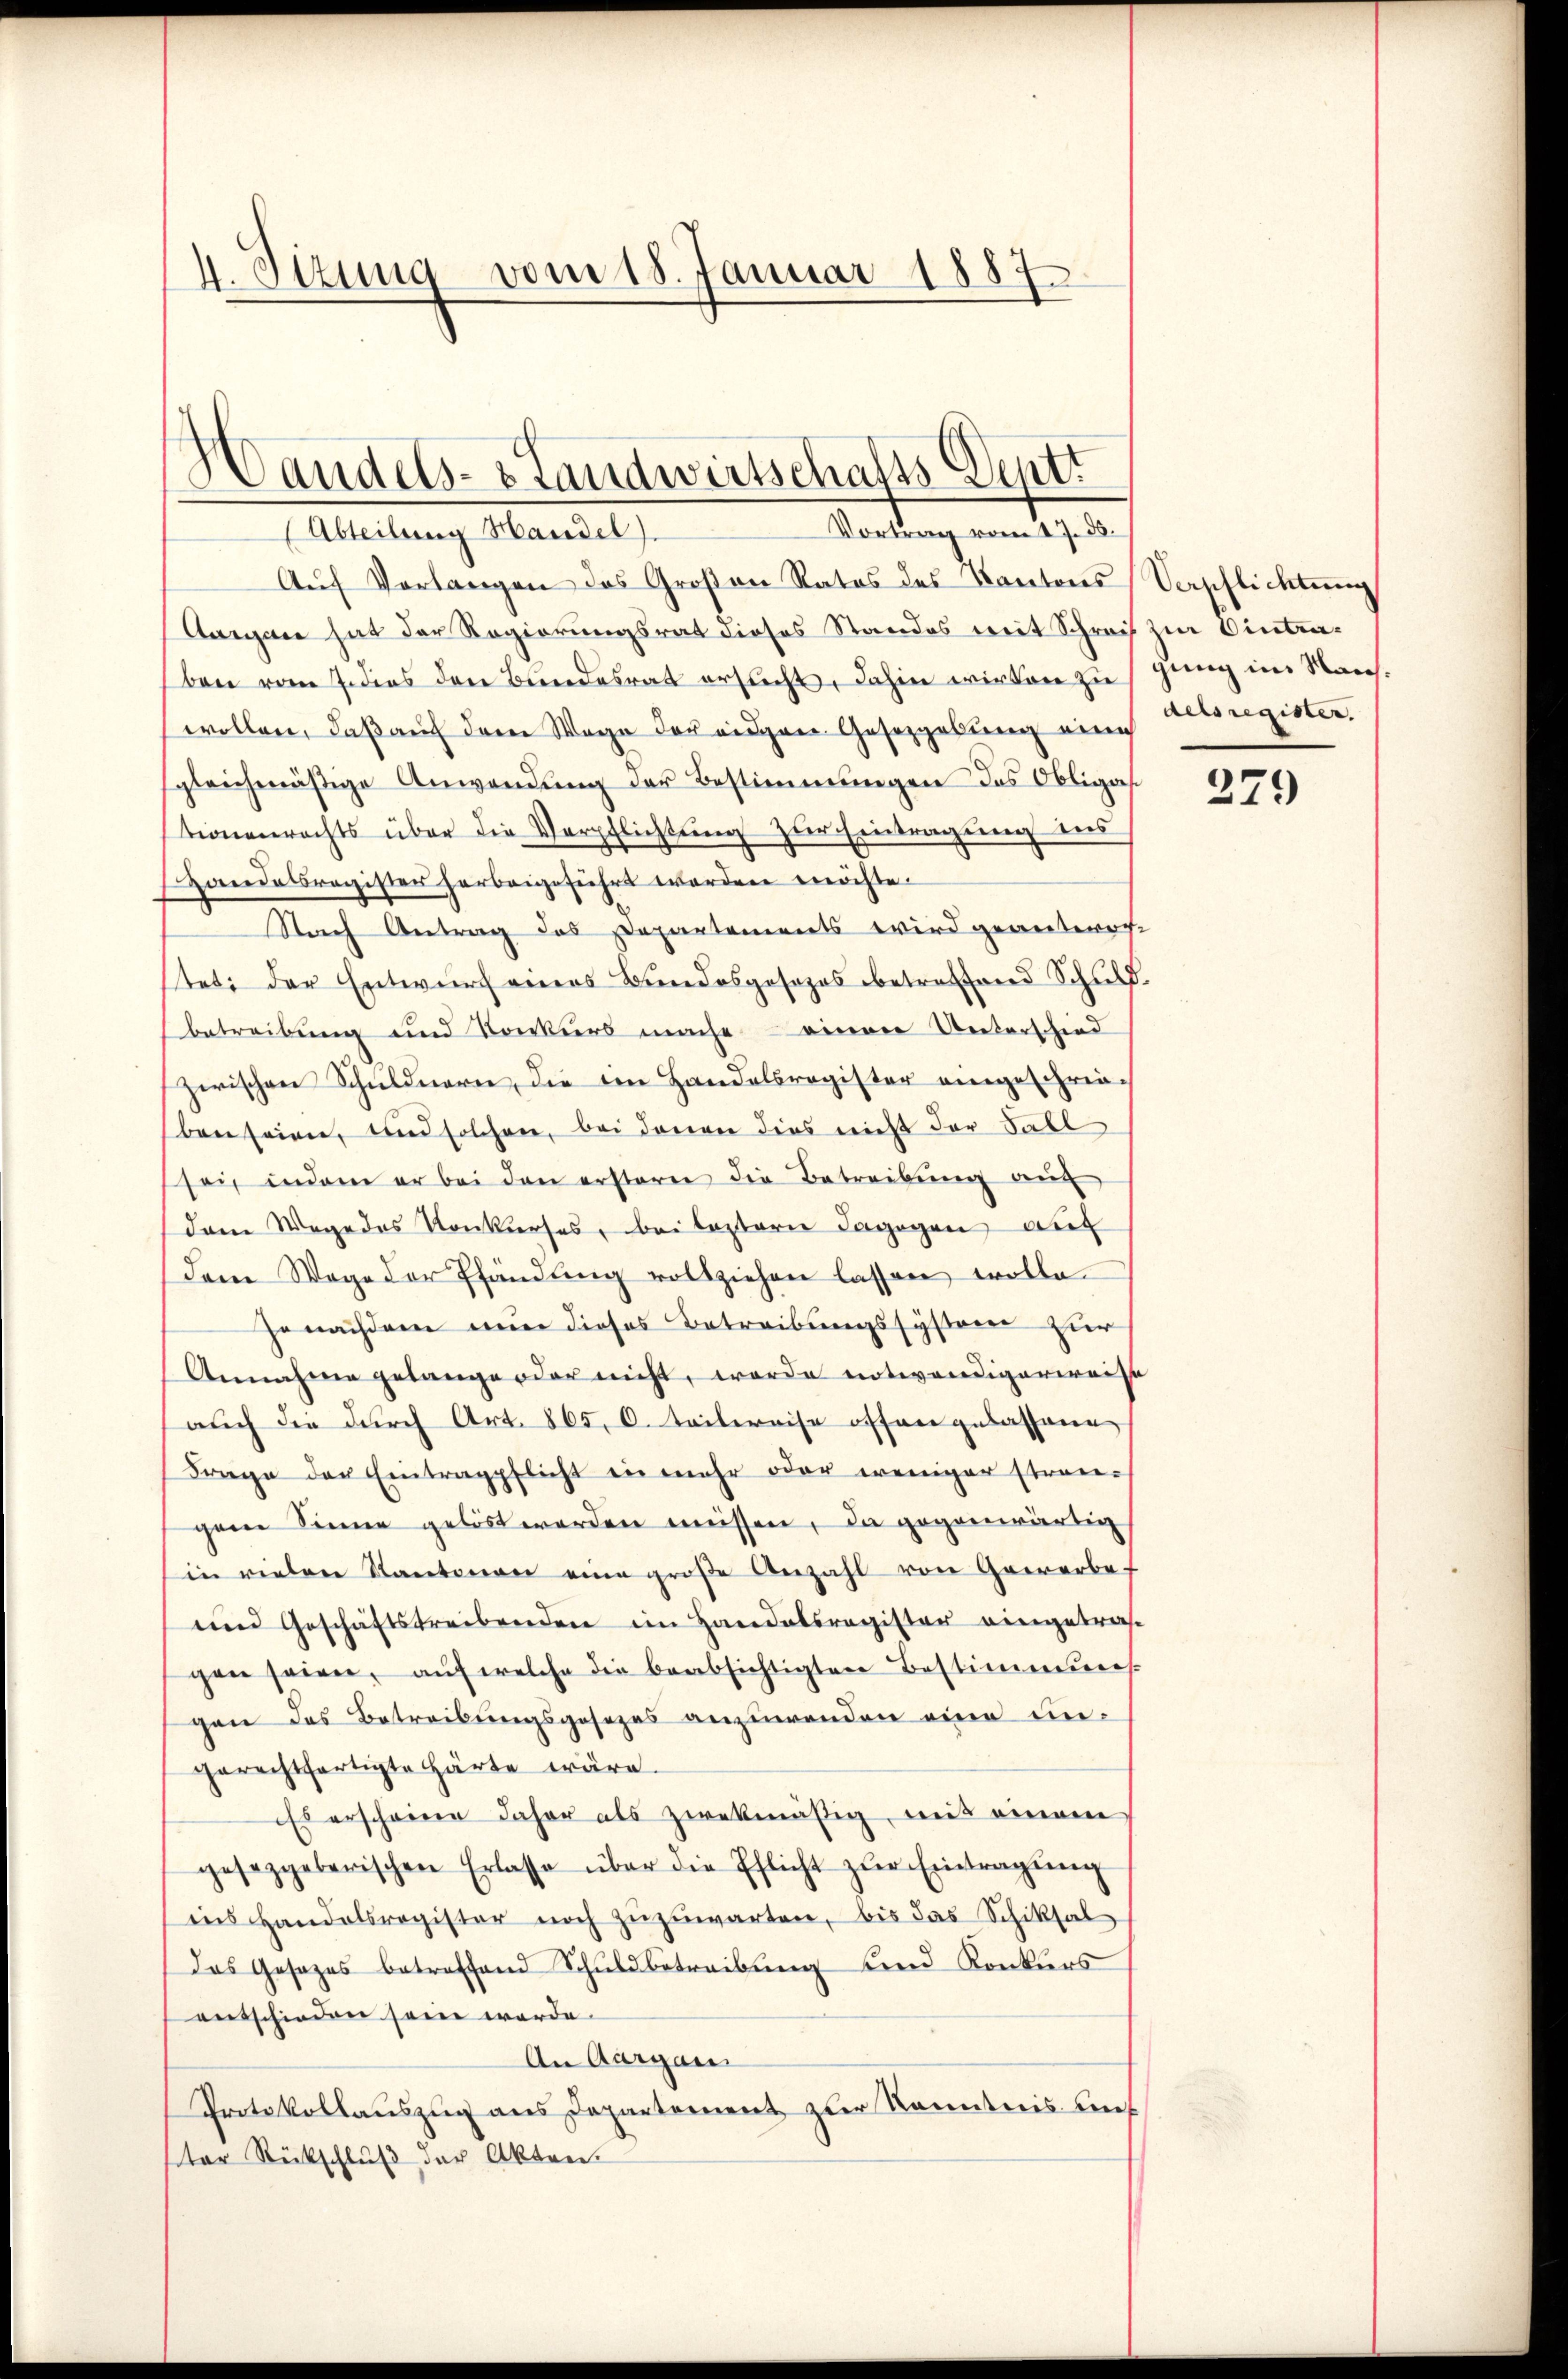
4. Sizung vom 18. Januar 1887

Handels- & Landwirtschafts Deptt
Vortrag vom 17. ds.
(Abteilung Handel).

Aŭf Vorlangen das Großen Ratos des Kantons Verpflichtŭng
Aargane hat der Regierungsrat dieses Standes mit Schreis zur Eintraben vom 7. dies den Bundesrat ersucht, dahin wirken zugung im Nachwollen, daß auf dem Wege der eigen Gesetzgebung eine
gleichmäßige Anwendŭng der Bestimmungen das Obligas
tionenrechts über die Verpflichtung zur Eintragung ins
Handelsregister herbeigeführt werden möchte.
Stach Antrag das Departements wird geanterre
stet der Entwurf eines Bundesgesezes betreffend Schuld.
betreibung und Vorkurs mache einer Unterschied
zwischen Schuldnern, die in Handelsregister eingeschrieben seien, und solchen, bei denen dies nicht der Fall
sei, indem er bei den ersteren die Betreibŭng auf
dam Wege des Konkurses, bei leztern dagegen dies
dem Wege der Pfändung vollziehen lassen wolle.
jenachdem nun dieses Betreibungssysteme zur
Annahme gelange oder nicht, werde notwendigerweise
auch die durch Art. 865, 0. Teilereise offen gelassene
Frage der Eintragpflicht ein mehr oder weniger strengene Sinne gelöst werden missen, da gegenwärtig
in vielen Kantonen eine große Anzahl von Gewerbe-
und Geschäftstreibenden im Handelsregister eingetrafe
gen seiner, aŭf welche die beabsichtigten Bestimmteres
gan das Betreibungsgesezes anzuwenden eine ungerechtfertigte Härte wäre.
Es erscheine daher als zwekmäßig, mit einem
gesetzgeberischen Erlasse über die Pflicht zŭr Eintragŭng
ins Handelsregister noch zŭzŭwarten, bis das Schiksal
das Gesezes betreffend Schuldbetreibung und Konkurs
entschieden sein werde.
An Aargau
Protokollauszug aus Departement zur Kenntnis bef
ster Rückschluß der Akten.

delsregister.

379